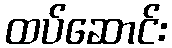
ထပ်ဆောင်း